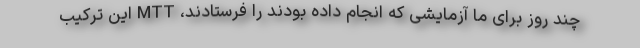
چند روز برای ما آزمایشی که انجام داده بودند را فرستادند، MTT این ترکیب